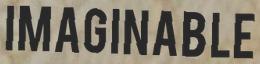
IMAGINABLE